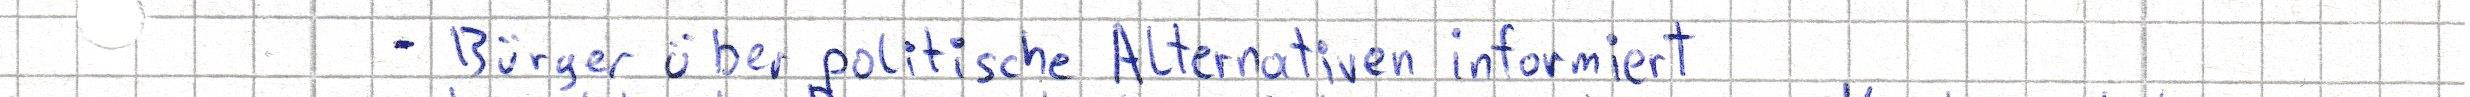
- Bürger über politische Alternativen informiert